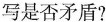
写是否矛盾?